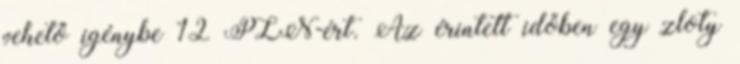
vehető igénybe 12 PLN-ért. Az érintett időben egy zloty